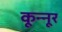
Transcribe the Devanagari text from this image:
कून्‍नूर